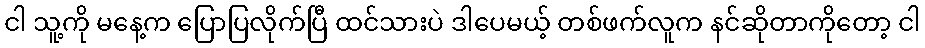
ငါ သူ့ကို မနေ့က ပြောပြလိုက်ပြီ ထင်သားပဲ ဒါပေမယ့် တစ်ဖက်လူက နင်ဆိုတာကိုတော့ ငါ